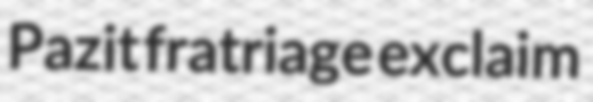
Pazit fratriage exclaim